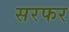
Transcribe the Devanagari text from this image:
सरफर